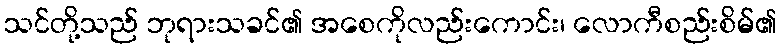
သင်တို့သည် ဘုရားသခင်၏ အစေကိုလည်းကောင်း၊ လောကီစည်းစိမ်၏